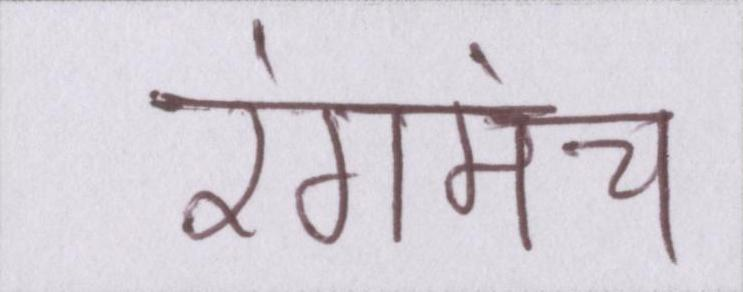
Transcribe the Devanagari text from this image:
रंगमंच